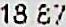
18.87